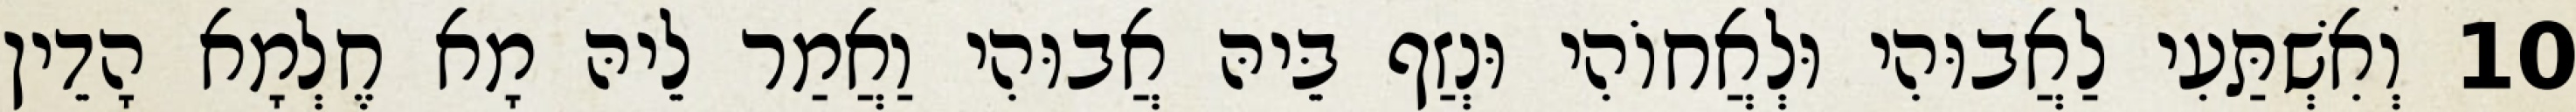
10 וְאִשְׁתַּעִי לַאֲבוּהִי וּלְאֲחוֹהִי וּנְזַף בֵּיהּ אֲבוּהִי וַאֲמַר לֵיהּ מָא חֶלְמָא הָדֵין